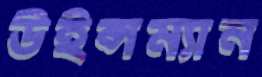
উইন্সম্যান